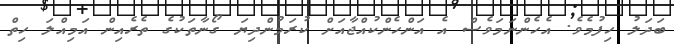
ބަދަލު ހިފުމެވެ. އެހެންނަމަވެސް އެ އަންހެންކުއްޖާއަށް ކުރަމުންދިޔަ ގޯނާތަކުގެ ތެރެއިން އަމިއްލަ ހިތް